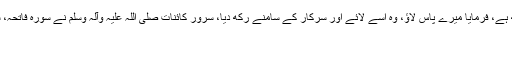
عرض کی حضور صلی اللہ علیہ وآلہ وسلم کچھ ہے، فرمایا میرے پاس لاؤ، وہ اسے لائے اور سرکار کے سامنے رکھ دیا، سرور کائنات صلی اللہ علیہ وآلہ وسلم نے سورہ فاتحہ، سورہ بقرہ کی آخری چار آیتیں اور یہ دو آیتیں :
وَاِلٰهُکُمْ اِلٰهٌ وَّاحِدٌ.، لَآ اِلٰهَ اِلَّا هو الرَّحْمٰنُ الرَّحِيْمُ،
آیۃ الکرسی۔